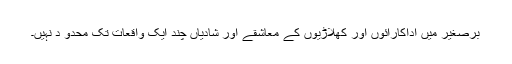
برصغیر میں اداکارائوں اور کھلاڑیوں کے معاشقے اور شادیاں چند ایک واقعات تک محدو د نہیں۔